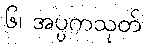
၆၊ အပ္ပကသုတ်